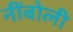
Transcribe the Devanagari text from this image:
नींबोली